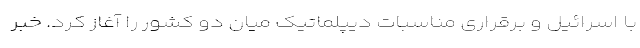
با اسرائیل و برقراری مناسبات دیپلماتیک میان دو کشور را آغاز کرد. خبر